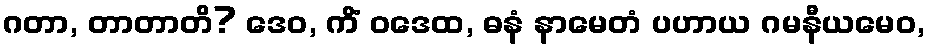
ဂတာ, တာတာတိ? ဒေဝ, ကိံ ဝဒေထ, ဓနံ နာမေတံ ပဟာယ ဂမနီယမေဝ,